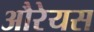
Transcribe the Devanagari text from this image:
औरेयस